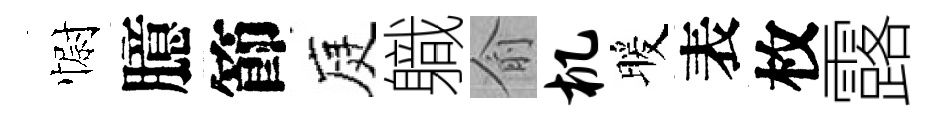
𢠢臆節庭軄俞机暖表枚露